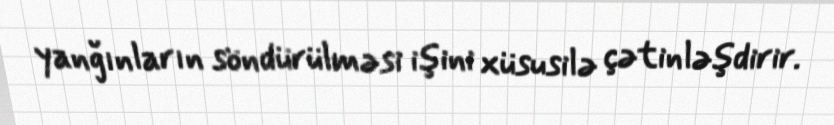
yanğınların söndürülməsi işini xüsusilə çətinləşdirir.